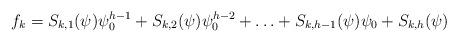
LaTeX: \begin{align*}f_{k} = S_{k,1}(\psi )\psi _0^{h-1}+S_{k,2}(\psi )\psi _0^{h-2}+\ldots +S_{k,h-1}(\psi )\psi _0+S_{k,h}(\psi )\end{align*}